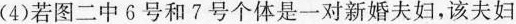
(4)若图二中6号和7号个体是一对新婚夫妇，该夫妇